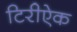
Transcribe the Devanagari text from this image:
टिरीऐक